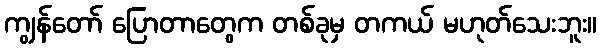
ကျွန်တော် ပြောတာတွေက တစ်ခုမှ တကယ် မဟုတ်သေးဘူး။